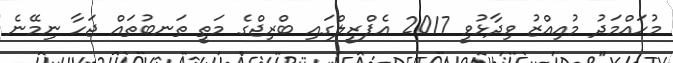
މުހައްމަދު މުއިއްޒު ވިދާޅުވީ 2017 އެޕްރީލްގައި ބްރިޖްްގެ މަތީ ތަނބުތައް ޖަހާ ނިމޭނެ